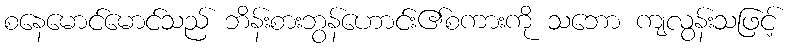
စနေမောင်မောင်သည် ဘိန်းစားဘွန်ဟောင်း၏စကားကို သဘော ကျလွန်းသဖြင့်